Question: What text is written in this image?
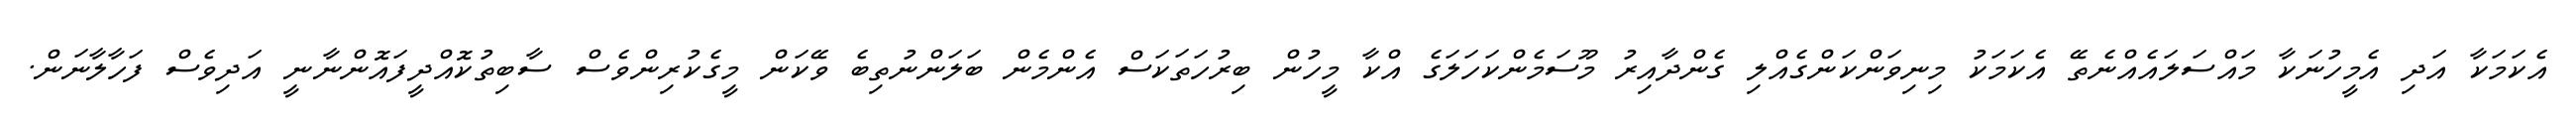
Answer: އެކަމަކާ އަދި އެމީހުނަކާ މައްސަލައެއްނެތޭ އެކަމަކު މިނިވަންކަންގެއްލި ގެންދާއިރު މޫސަމެންކަހަލަގެ އްކާ މީހުން ބިރުހަތަކަސް އެންމެން ބަލަންނުތިބެ ވޭކަން މީގެކުރިންވެސް ސާބިތުކޮއްދީފައޮންނާނީ އަދިވެސް ފަހާލާނަން.